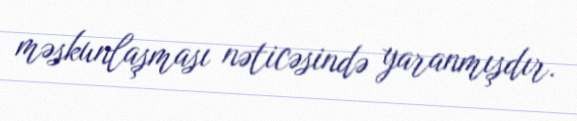
məskunlaşması nəticəsində yaranmışdır.